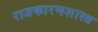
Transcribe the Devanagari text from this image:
राजकारणशास्त्र